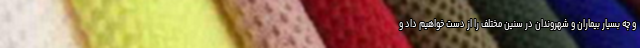
و چه بسیار بیماران و شهروندان در سنین مختلف را از دست خواهیم داد و